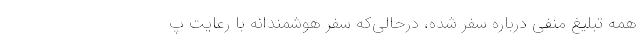
همه تبلیغ منفی درباره سفر شده، درحالی‌که سفر هوشمندانه با رعایت پ